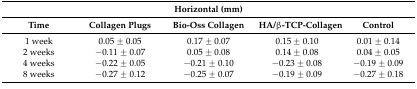
| <COLSPAN=5> Horizontal (mm) |
 | Time | Collagen Plugs | Bio-Oss Collagen | HA/β-TCP-Collagen | Control |
 | --- | --- | --- | --- | --- |
 | 1 week | 0.05 ± 0.05 | 0.17 ± 0.07 | 0.15 ± 0.10 | 0.01 ± 0.14 |
 | 2 weeks | −0.11 ± 0.07 | 0.05 ± 0.08 | 0.14 ± 0.08 | 0.04 ± 0.05 |
 | 4 weeks | −0.22 ± 0.05 | −0.21 ± 0.10 | −0.23 ± 0.08 | −0.19 ± 0.09 |
 | 8 weeks | −0.27 ± 0.12 | −0.25 ± 0.07 | −0.19 ± 0.09 | −0.27 ± 0.18 |